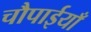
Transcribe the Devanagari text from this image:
चौपाईयाँ